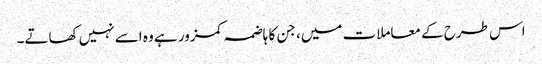
اس طرح کے معاملات میں، جن کا ہاضمہ کمزور ہے وہ اسے نہیں کھاتے۔